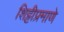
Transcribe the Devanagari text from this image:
शिट्टीप्रमाणे